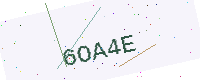
Text: 6OA4E